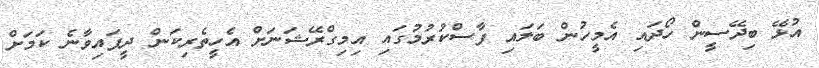
އުޅޭ ބިދޭސީން ހޯދައި އެމީހުން ބަލައި ފާސްކުރުމުގައި އިމިގްރޭޝަނަށް އެހީތެރިކަން ދީފައިވާނެ ކަމަށް